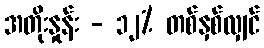
အတိုးနှုန်း - ၁၂% တစ်နှစ်လျှင်